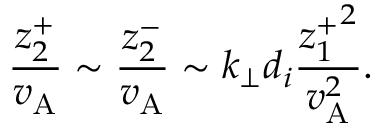
\frac { z _ { 2 } ^ { + } } { v _ { \mathrm { A } } } \sim \frac { z _ { 2 } ^ { - } } { v _ { \mathrm { A } } } \sim k _ { \perp } d _ { i } \frac { { z _ { 1 } ^ { + } } ^ { 2 } } { v _ { \mathrm { A } } ^ { 2 } } .